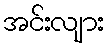
အင်းလျား